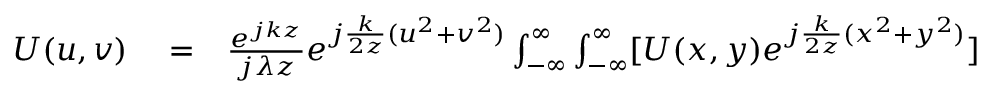
\begin{array} { r l r } { U ( u , v ) } & { { } = } & { \frac { e ^ { j k z } } { j \lambda z } e ^ { j \frac { k } { 2 z } ( u ^ { 2 } + v ^ { 2 } ) } \int _ { - \infty } ^ { \infty } \int _ { - \infty } ^ { \infty } [ U ( x , y ) e ^ { j \frac { k } { 2 z } ( x ^ { 2 } + y ^ { 2 } ) } ] } \end{array}